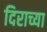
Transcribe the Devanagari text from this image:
दिराच्या